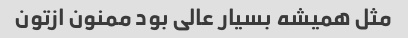
مثل همیشه بسیار عالی بود ممنون ازتون